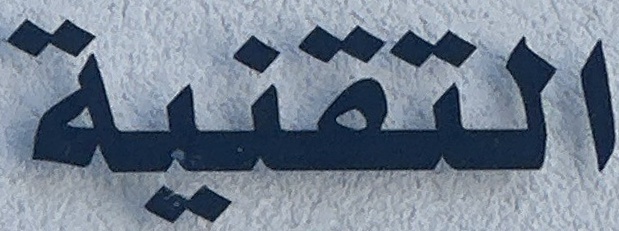
التقنية